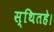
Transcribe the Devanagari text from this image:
स्थितहे।